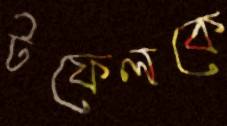
টফেলকে